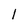
Character: 1